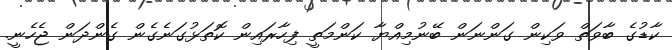
ކާޑުގެ ބާވަތް ވަކިން ގަންނަން ބޭނުމިއްޔާ ކަންމަތީ ފިހާރައިން ކޮތަޅުގަނެގެން ގެންދަން ޖެހެނީ.